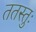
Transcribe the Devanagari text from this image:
ततस्तुः